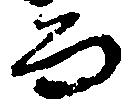
而